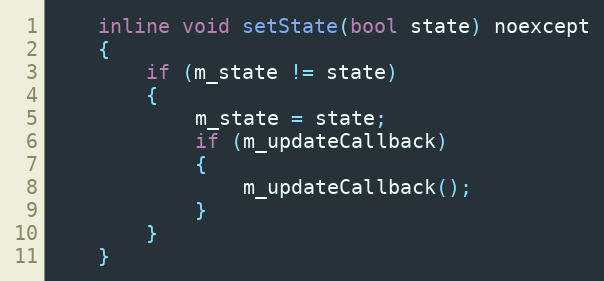
Language: C
    inline void setState(bool state) noexcept
    {
        if (m_state != state)
        {
            m_state = state;
            if (m_updateCallback)
            {
                m_updateCallback();
            }
        }
    }